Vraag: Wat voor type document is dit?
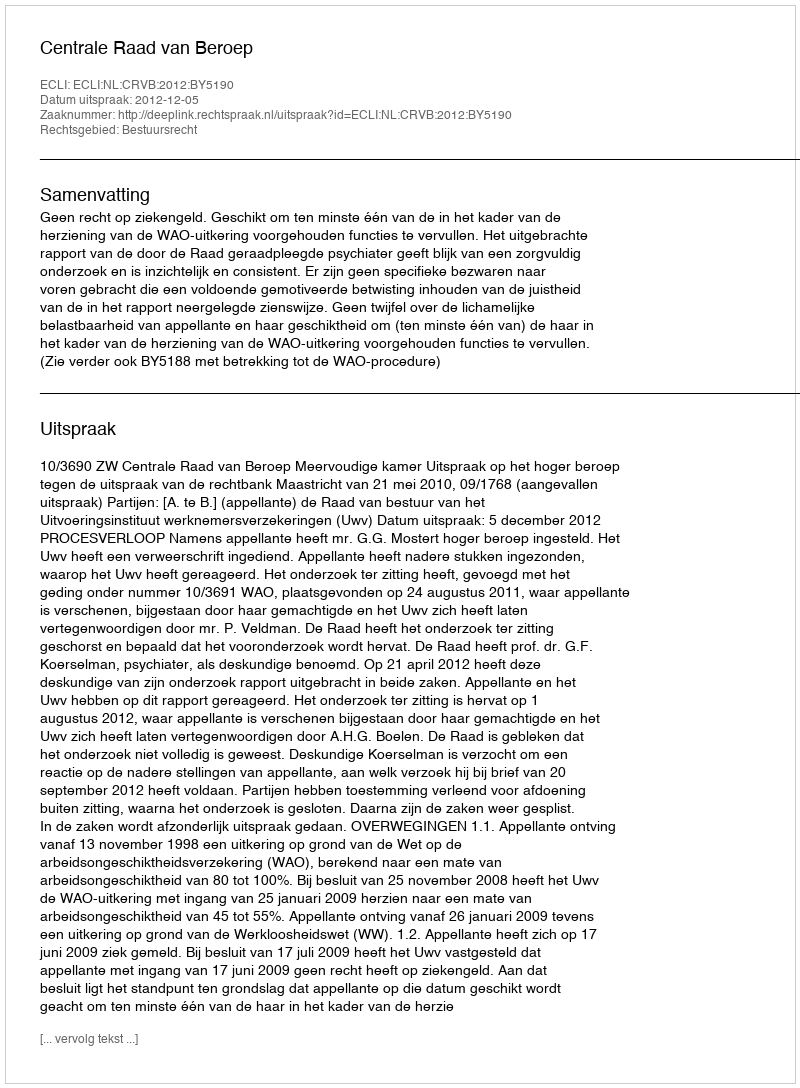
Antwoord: Uitspraak